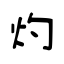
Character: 灼